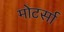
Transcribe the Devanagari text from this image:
मोटर्सा